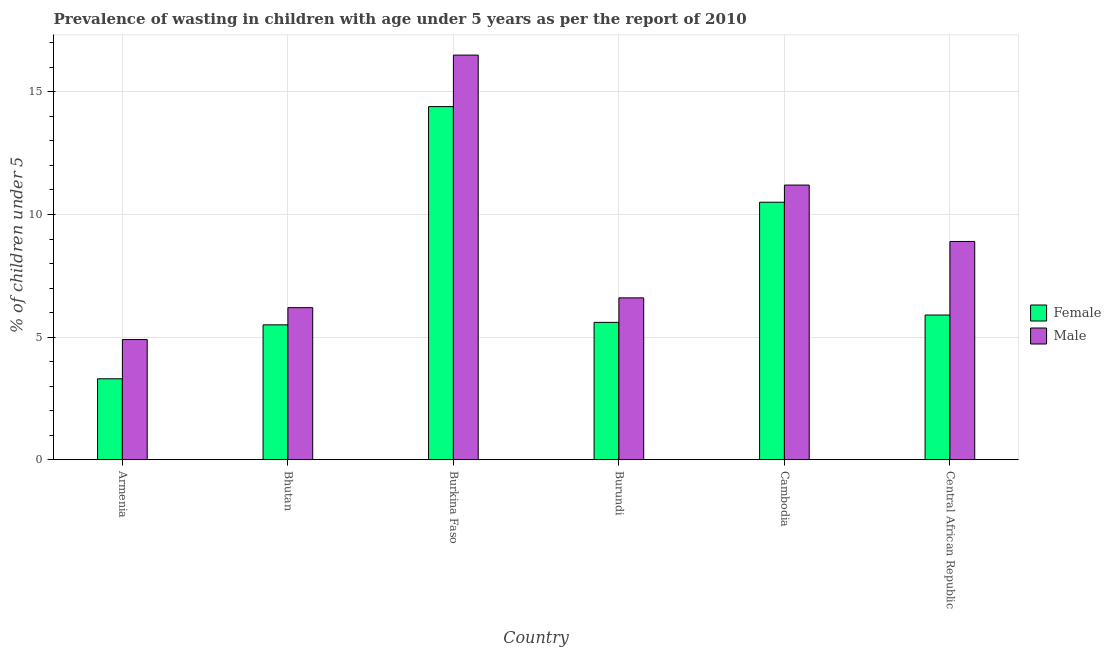
| Country | Female | Male |
 | --- | --- | --- |
 | Armenia | 3.3 | 4.9 |
 | Bhutan | 5.5 | 6.2 |
 | Burkina Faso | 14.4 | 16.5 |
 | Burundi | 5.6 | 6.6 |
 | Cambodia | 10.5 | 11.2 |
 | Central African Republic | 5.9 | 8.9 |